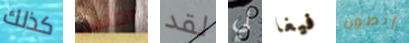
كذلك التنس لقد لي فيغا أنطون